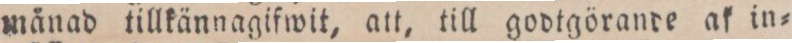
månad tillkännagifwit, att, till godtgörande ak in=